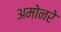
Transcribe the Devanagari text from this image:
अमोनरे